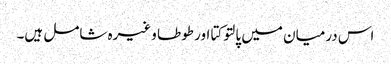
اس درمیان میں پالتو کتا اور طوطا وغیرہ شامل ہیں۔